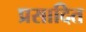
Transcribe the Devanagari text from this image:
प्रसादित